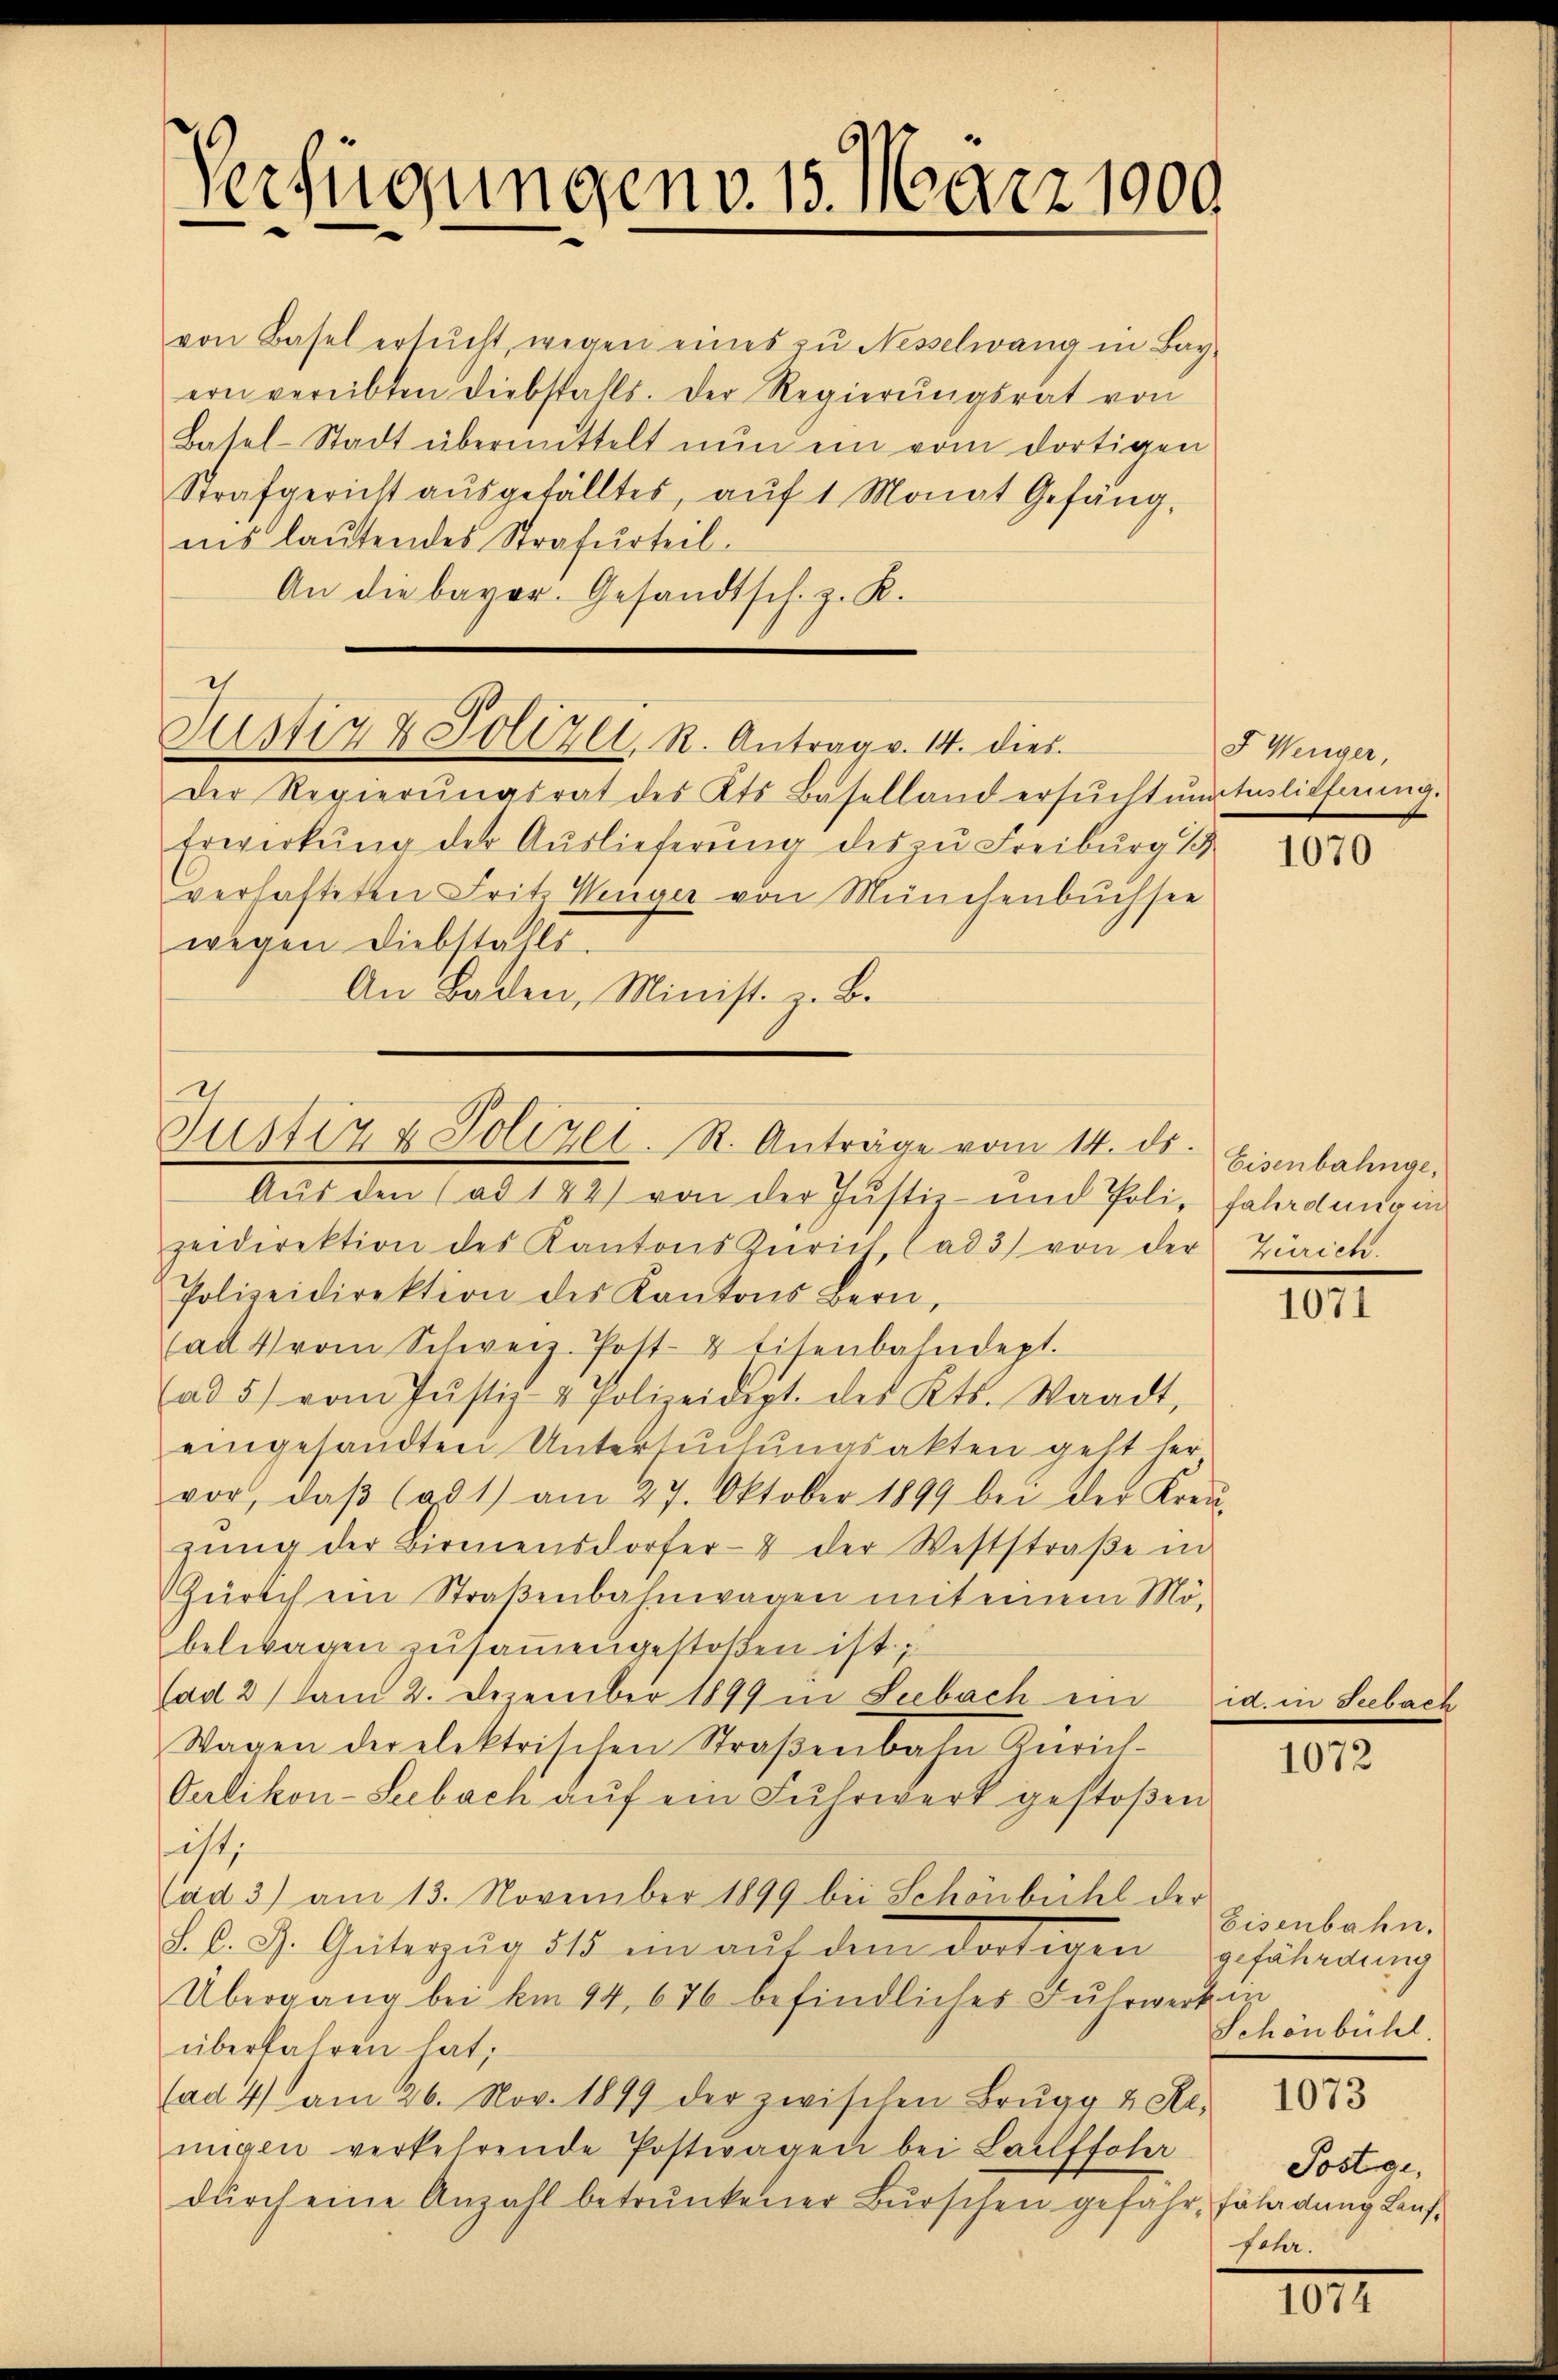
Verfügungen v. 15. März 1900

von Basel ersŭcht, wegen eines zŭ Nesselwang in Bay-
ern vereibten Diebstalls. Der Regierŭngsrat von
Basel-Stadt übermittelt nŭn ein vom dortigen
Strafgericht aŭsgefälltes, aŭf 1 Monat Gefängins laŭtendes Strafurteil.
An die bayer. Gesandtsch. z. K.
h
Justiz & Polizei, R. Antrag v. 14. dies
Der Regierŭngsrat des Kts. Baselland ersŭchtŭngtulieferŭng.
Erwerkŭng der Auslieferŭng des zu Freiburg 1
verhafteten Frit. Wenger von Münchenbuchsee
wegen Diebstahls.
An Baden, Minist. z. B.

.
Justiz & Polizei. R. Anträge vom 14. ds. Eisenbahnge

Aus den (ad 142) von der Justiz- und Poli- fährdung in
zeidirektion des Kantons Zürich lad 3) von der Zürich.
Polizeidirektion des Kantons Bern,
ad 4 vom Schweiz. Post- & Eisenbahndept.
(ad 5) vom Jŭstiz- & Polizeidigt. des Kts. Waadt,
eingesandten Untersuchungsakten geht her
vor, daβ (ad 1) am 27. Oktober 1899 bei der Kreŭ-
gŭng der Birmensdorfer- & der Weststraβe in
Zürich ein Straßenbahnwagen mit einem Möbelibagen zusammengestoßen ist.
(ad 2 am 2. Dezember 1899 in Seebach ein id. in Seebach
Wagen der elektrischen Straβenbahn Zürich-
Oerlikon-Seebach aŭf ein Fuhrwerk gestoβen
ist,
ad 3) am 13. November 1899 bei Schönbühl der
S. l. J. Guilegio 315 und aŭf dem dortigen
Übergang bei am 94, 676 befindliches Fuhrwerk in
überfahren hat;
fad 4) am 26. Nov. 1899 der zwischen Brugg & Re-
nigen verkehrende Postwagen bei Lailffoher
dŭrch eine Anzahl betrŭnkener Burschen gefahr, Erladung Lauf¬

F Wenger,

1070

1071

1072

Eisenbahn,
gefährdung
Schönbühl
1073
Sostige,
em.

101